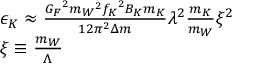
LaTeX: \begin{array} { l } { { \epsilon _ { K } \approx \frac { { G _ { F } } ^ { 2 } { m _ { W } } ^ { 2 } { f _ { K } } ^ { 2 } B _ { K } m _ { K } } { 1 2 \pi ^ { 2 } \Delta m } \lambda ^ { 2 } \frac { m _ { K } } { m _ { W } } \xi ^ { 2 } } } \\ { { \xi \equiv \frac { m _ { W } } { \Lambda } } } \end{array}